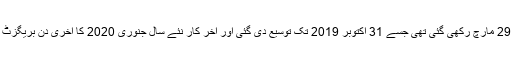
بریگزٹ کی ابتدائی تاریخ 29 مارچ رکھی گئی تھی جسے 31 اکتوبر 2019 تک توسیع دی گئی اور آخر کار نئے سال جنوری 2020 کا آخری دن بریگزٹ پورا ہونے کا دن قرار پایا۔